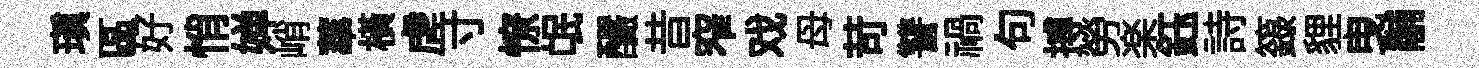
瑱區好悄婵峭蕐橫虗寸憭氓釅昔窄戏母苛讐禍句搏勞楽鈺詩籙貍曳黼